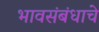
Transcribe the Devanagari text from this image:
भावसंबंधाचे